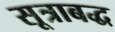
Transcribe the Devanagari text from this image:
सूत्राबद्ध